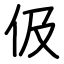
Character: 伋